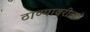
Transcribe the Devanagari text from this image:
ठाण्यावरील